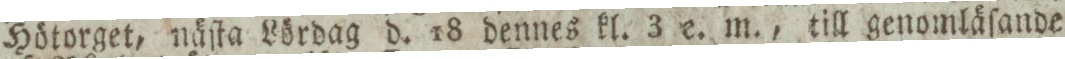
Hötorget, näſta Lördag d. 18 dennes kl. 3 e. m., till genomläſande